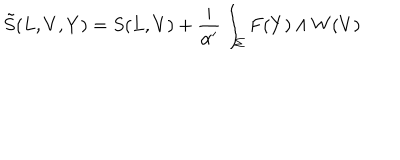
\tilde { S } ( L , V , Y ) = S ( L , V ) + \frac { i } { \alpha ^ { \prime } } \int _ { \Sigma } F ( Y ) \wedge W ( V )